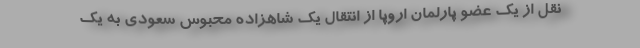
نقل از یک عضو پارلمان اروپا از انتقال یک شاهزاده محبوس سعودی به یک